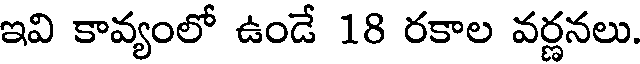
ఇవి కావ్యంలో ఉండే 18 రకాల వర్ణనలు.